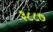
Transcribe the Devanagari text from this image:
३८८७